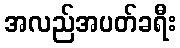
အလည်အပတ်ခရီး